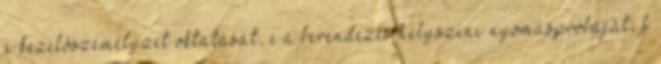
a kezelõszemélyzet oktatását, e a berendezés helyszíni nyomáspróbáját, f